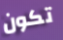
تكون